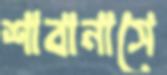
শাবানাসে